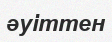
әуіттен